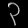
Digit: ၃